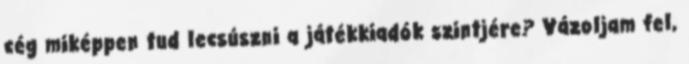
cég miképpen tud lecsúszni a játékkiadók szintjére? Vázoljam fel,